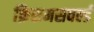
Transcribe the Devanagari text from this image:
क्रिसमसवर्ल्ड